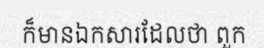
ក៏មានឯកសារដែលថា ពួក